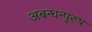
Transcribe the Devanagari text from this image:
अबन्धन्पुरुषं